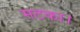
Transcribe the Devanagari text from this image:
मटका।